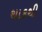
થાકથી